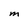
Character: M